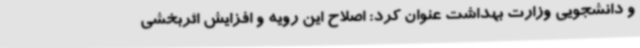
و دانشجویی وزارت بهداشت عنوان کرد: اصلاح این رویه و افزایش اثربخشی